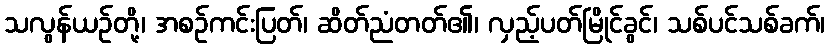
သလွန်ယဉ်တို့၊ အစဉ်ကင်းပြတ်၊ ဆိတ်ညံတတ်၏၊ လှည့်ပတ်မြိုင်ခွင်၊ သစ်ပင်သစ်ခက်၊